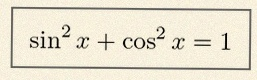
\sin^2x+\cos^2x=1